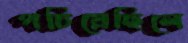
পচিয়েছিলে